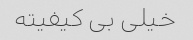
خیلی بی کیفیته